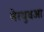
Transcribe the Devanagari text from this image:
नेरथुवआ